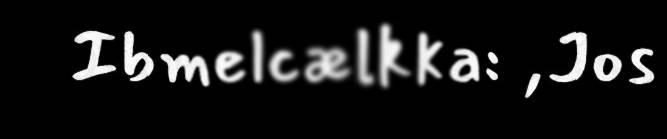
Ibmelcælkka: ,Jos